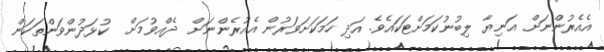
އެއެރުންނަށް އަނިޔާ ލިބުނުކަމަށްޓަަކައެވެ. އަދި ހަމަކަށަވަރުން އެއުރެންނަށް  ދެއްވުމަށް  ކުޅަދުންވަންތަކަން